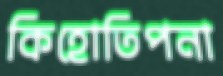
কিহোতিপনা